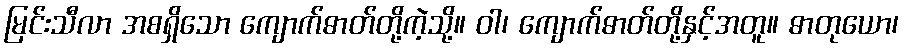
မြင်းသီလာ အစရှိသော ကျောက်ဓာတ်တို့ကဲ့သို့။ ဝါ၊ ကျောက်ဓာတ်တို့နှင့်အတူ။ ဓာတုယော၊